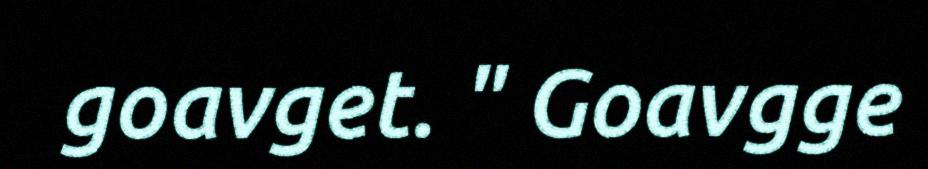
goavget. " Goavgge